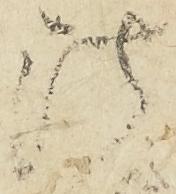
法